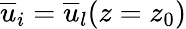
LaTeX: \overline{{u}}_{i}=\overline{{u}}_{l}(z=z_{0})